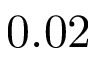
0 . 0 2